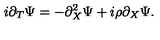
i \partial _ { T } \Psi = - \partial _ { X } ^ { 2 } \Psi + i \rho \partial _ { X } \Psi .